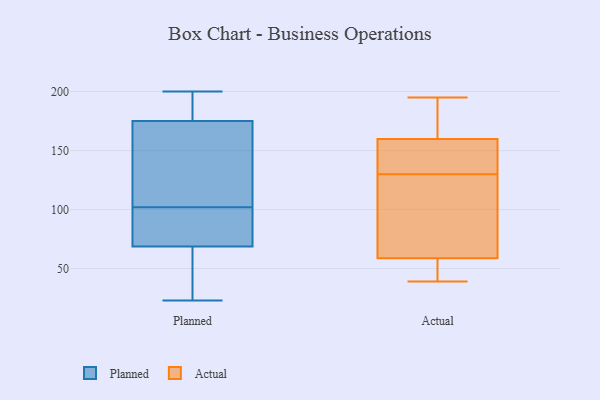
{"axis": {"x": "Humidity (%)", "y": "Value"}, "legend": ["Actual", "Planned"], "data": [{"x": "", "y": 200, "type": "Planned"}, {"x": "", "y": 181, "type": "Planned"}, {"x": "", "y": 69, "type": "Planned"}, {"x": "", "y": 96, "type": "Planned"}, {"x": "", "y": 91, "type": "Planned"}, {"x": "", "y": 23, "type": "Planned"}, {"x": "", "y": 102, "type": "Planned"}, {"x": "", "y": 29, "type": "Planned"}, {"x": "", "y": 191, "type": "Planned"}, {"x": "", "y": 51, "type": "Planned"}, {"x": "", "y": 108, "type": "Planned"}, {"x": "", "y": 173, "type": "Planned"}, {"x": "", "y": 195, "type": "Planned"}, {"x": "", "y": 173, "type": "Planned"}, {"x": "", "y": 87, "type": "Planned"}, {"x": "", "y": 68, "type": "Planned"}, {"x": "", "y": 135, "type": "Planned"}, {"x": "", "y": 87, "type": "Actual"}, {"x": "", "y": 152, "type": "Actual"}, {"x": "", "y": 195, "type": "Actual"}, {"x": "", "y": 51, "type": "Actual"}, {"x": "", "y": 39, "type": "Actual"}, {"x": "", "y": 75, "type": "Actual"}, {"x": "", "y": 194, "type": "Actual"}, {"x": "", "y": 54, "type": "Actual"}, {"x": "", "y": 130, "type": "Actual"}, {"x": "", "y": 70, "type": "Actual"}, {"x": "", "y": 161, "type": "Actual"}, {"x": "", "y": 156, "type": "Actual"}, {"x": "", "y": 55, "type": "Actual"}, {"x": "", "y": 171, "type": "Actual"}, {"x": "", "y": 156, "type": "Actual"}]}